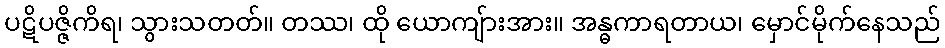
ပဋိပဇ္ဇိကိရ၊ သွားသတတ်။ တဿ၊ ထို ယောကျ်ားအား။ အန္ဓကာရတာယ၊ မှောင်မိုက်နေသည်